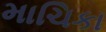
માચિકા